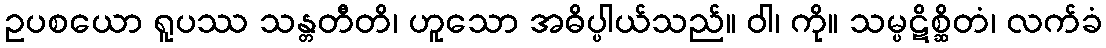
ဥပစယော ရူပဿ သန္တတီတိ၊ ဟူသော အဓိပ္ပါယ်သည်။ ဝါ၊ ကို။ သမ္ပဋိစ္ဆိတံ၊ လက်ခံ